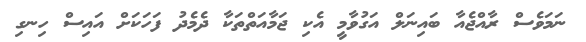
ނަމަވެސް ރާއްޖެއާ ބައިނަލް އަގުވާމީ އެކި ޖަމާއަތްތަކާ ދެމެދު ފަހަކަށް އައިސް ހިނގި